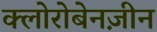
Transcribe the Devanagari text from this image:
क्लोरोबेनज़ीन